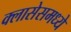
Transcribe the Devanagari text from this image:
क्लासेसमध्ये